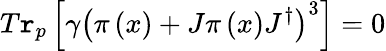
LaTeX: T\mathtt{r}_{p}\left[\gamma\left(\pi\left(x\right)+J\pi\left(x\right)J^{\dagger}\right)^{3}\right]=0